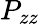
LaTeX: P_{zz}